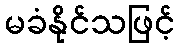
မခံနိုင်သဖြင့်